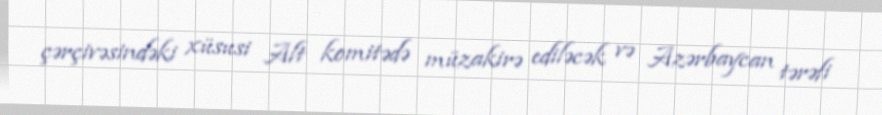
çərçivəsindəki xüsusi Alt komitədə müzakirə ediləcək və Azərbaycan tərəfi